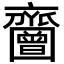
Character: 𪗐